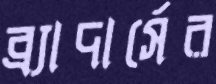
ব্র্যাদার্সের